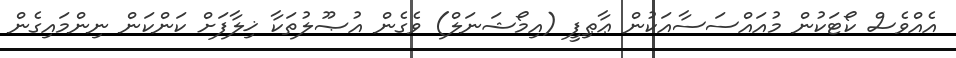
އެއްވެސް ކޯޓަކުން މުއައްސަސާއަކުން ޢާޠިފީ (އިމޯޝަނަލް) ވެގެން އުޞޫލުތަކާ ޚިލާފަށް ކަންކަން ނިންމައިގެން